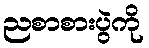
ညစာစားပွဲကို